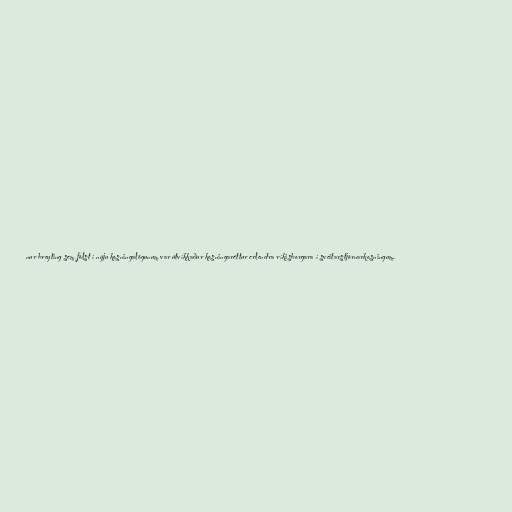
nur breyting sem fólst í nýju kosningalögunum var útvíkkaður kosningaréttur erlendra ríkisborgara í sveitarstjórnarkosningum.